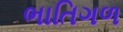
ભાતિગળ